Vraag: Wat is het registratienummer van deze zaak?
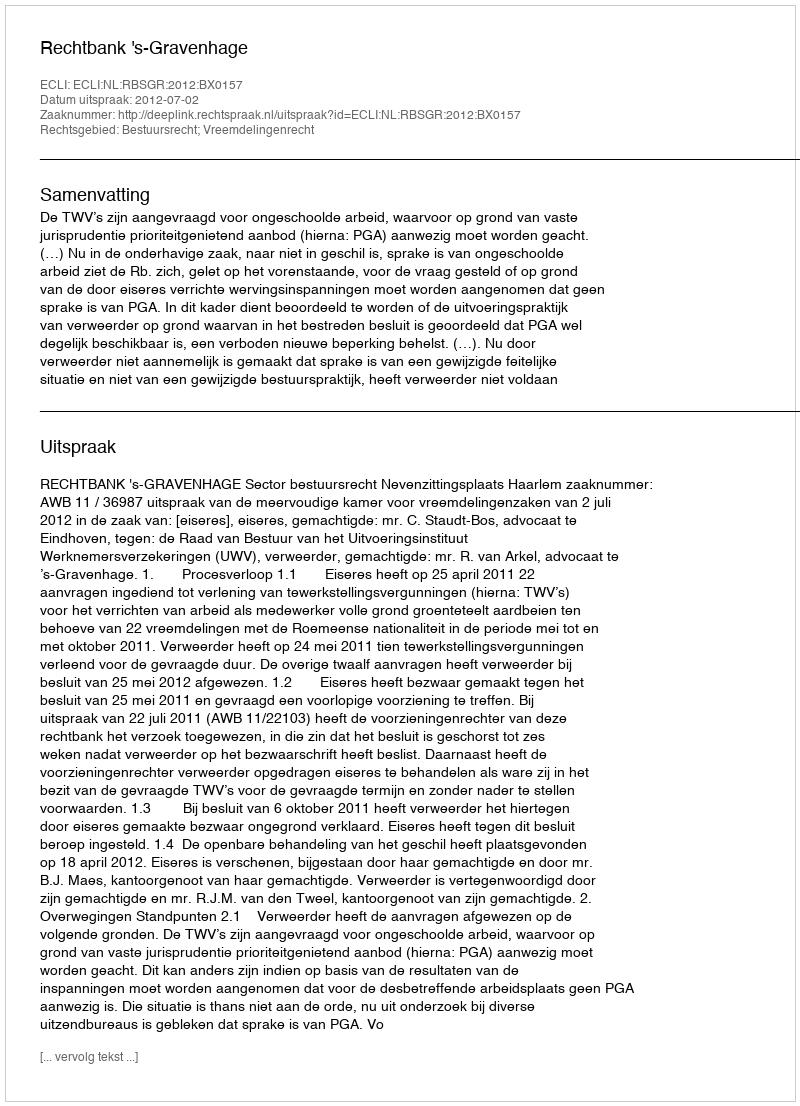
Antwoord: http://deeplink.rechtspraak.nl/uitspraak?id=ECLI:NL:RBSGR:2012:BX0157